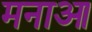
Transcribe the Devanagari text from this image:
मनाआ